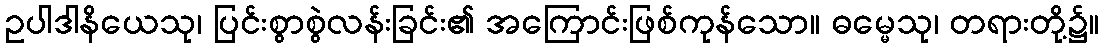
ဥပါဒါနိယေသု၊ ပြင်းစွာစွဲလန်းခြင်း၏ အကြောင်းဖြစ်ကုန်သော။ ဓမ္မေသု၊ တရားတို့၌။